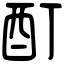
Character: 酊